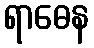
ရာဓေန